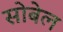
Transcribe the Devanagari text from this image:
सोबेल